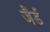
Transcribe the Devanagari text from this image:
जैर्ड